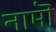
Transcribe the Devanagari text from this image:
नामॊं